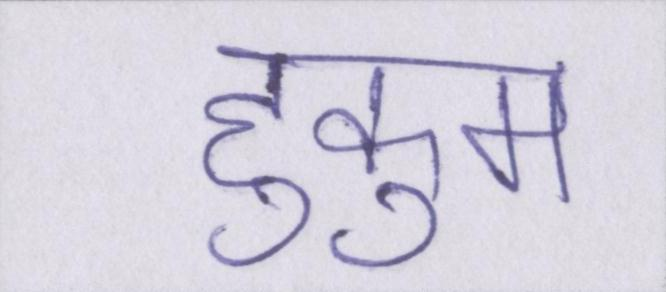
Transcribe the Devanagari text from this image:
हुकुम